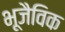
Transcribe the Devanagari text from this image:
भूजैविक